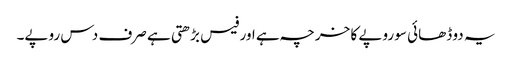
یہ دو ڈھائی سو روپے کا خرچہ ہے اور فیس بڑھتی ہے صرف دس روپے۔